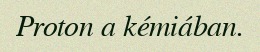
Proton a kémiában.